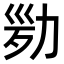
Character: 𠡢